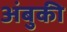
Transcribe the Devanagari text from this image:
अंबुकी